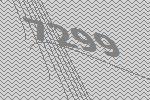
7299